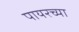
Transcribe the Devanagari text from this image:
पायरच्या